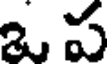
ఒ ప